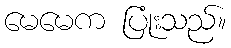
မေမေက ပြုံးသည်။